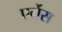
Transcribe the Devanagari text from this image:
एर्नेस